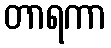
တာရကာ